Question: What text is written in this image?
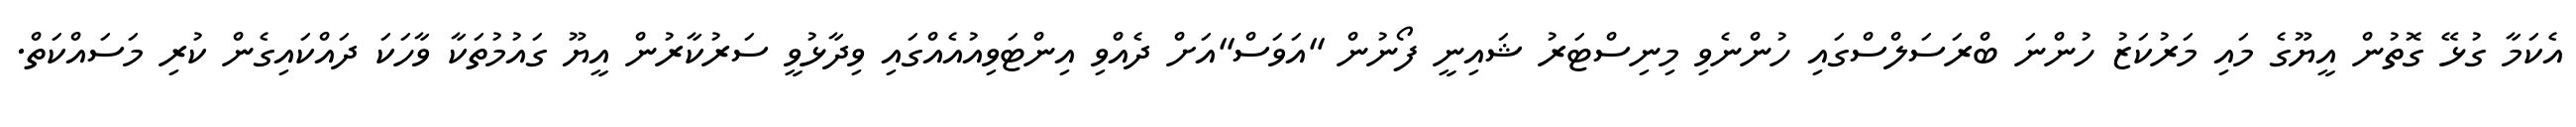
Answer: އެކަމާ ގުޅޭ ގޮތުން އީޔޫގެ މައި މަރުކަޒު ހުންނަ ބްރަސަލްސްގައި ހުންނެވި މިނިސްޓަރު ޝައިނީ ފޯނުން "އަވަސް"އަށް ދެއްވި އިންޓަވިއުއެއްގައި ވިދާޅުވީ ސަރުކާރުން އީޔޫ ގައުމުތަކާ ވާހަކަ ދައްކައިގެން ކުރި މަސައްކަތް.